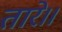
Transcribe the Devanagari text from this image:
तारे।।